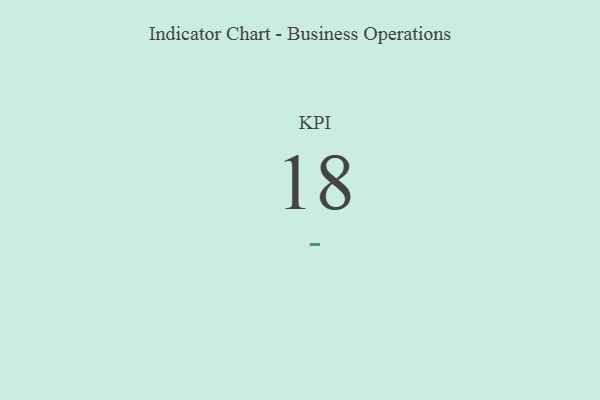
{"axis": {"x": "KPI", "y": "Value"}, "legend": [""], "data": [{"x": "KPI", "y": 18, "type": ""}]}